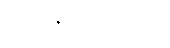
ကထိန်၌ မှတ်ဖွယ်